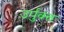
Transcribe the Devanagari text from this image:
उर्पुक्त